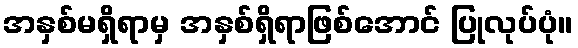
အနှစ်မရှိရာမှ အနှစ်ရှိရာဖြစ်အောင် ပြုလုပ်ပုံ။